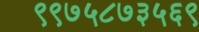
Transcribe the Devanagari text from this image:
९९७५८७३५६९